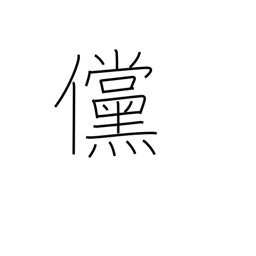
Meaning: if